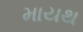
માયથ